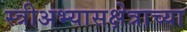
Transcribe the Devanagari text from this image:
स्त्रीअभ्यासक्षेत्राच्या